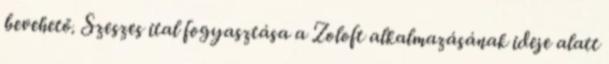
bevehető. Szeszes ital fogyasztása a Zoloft alkalmazásának ideje alatt